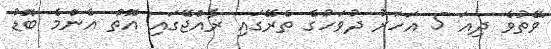
ވޭތުވެ ދިއަ 5 އަހަރު ދުވަހުގެ ތެރޭގައި ރާއްޖޭގައި އޮތް އެންމެ ބޮޑު